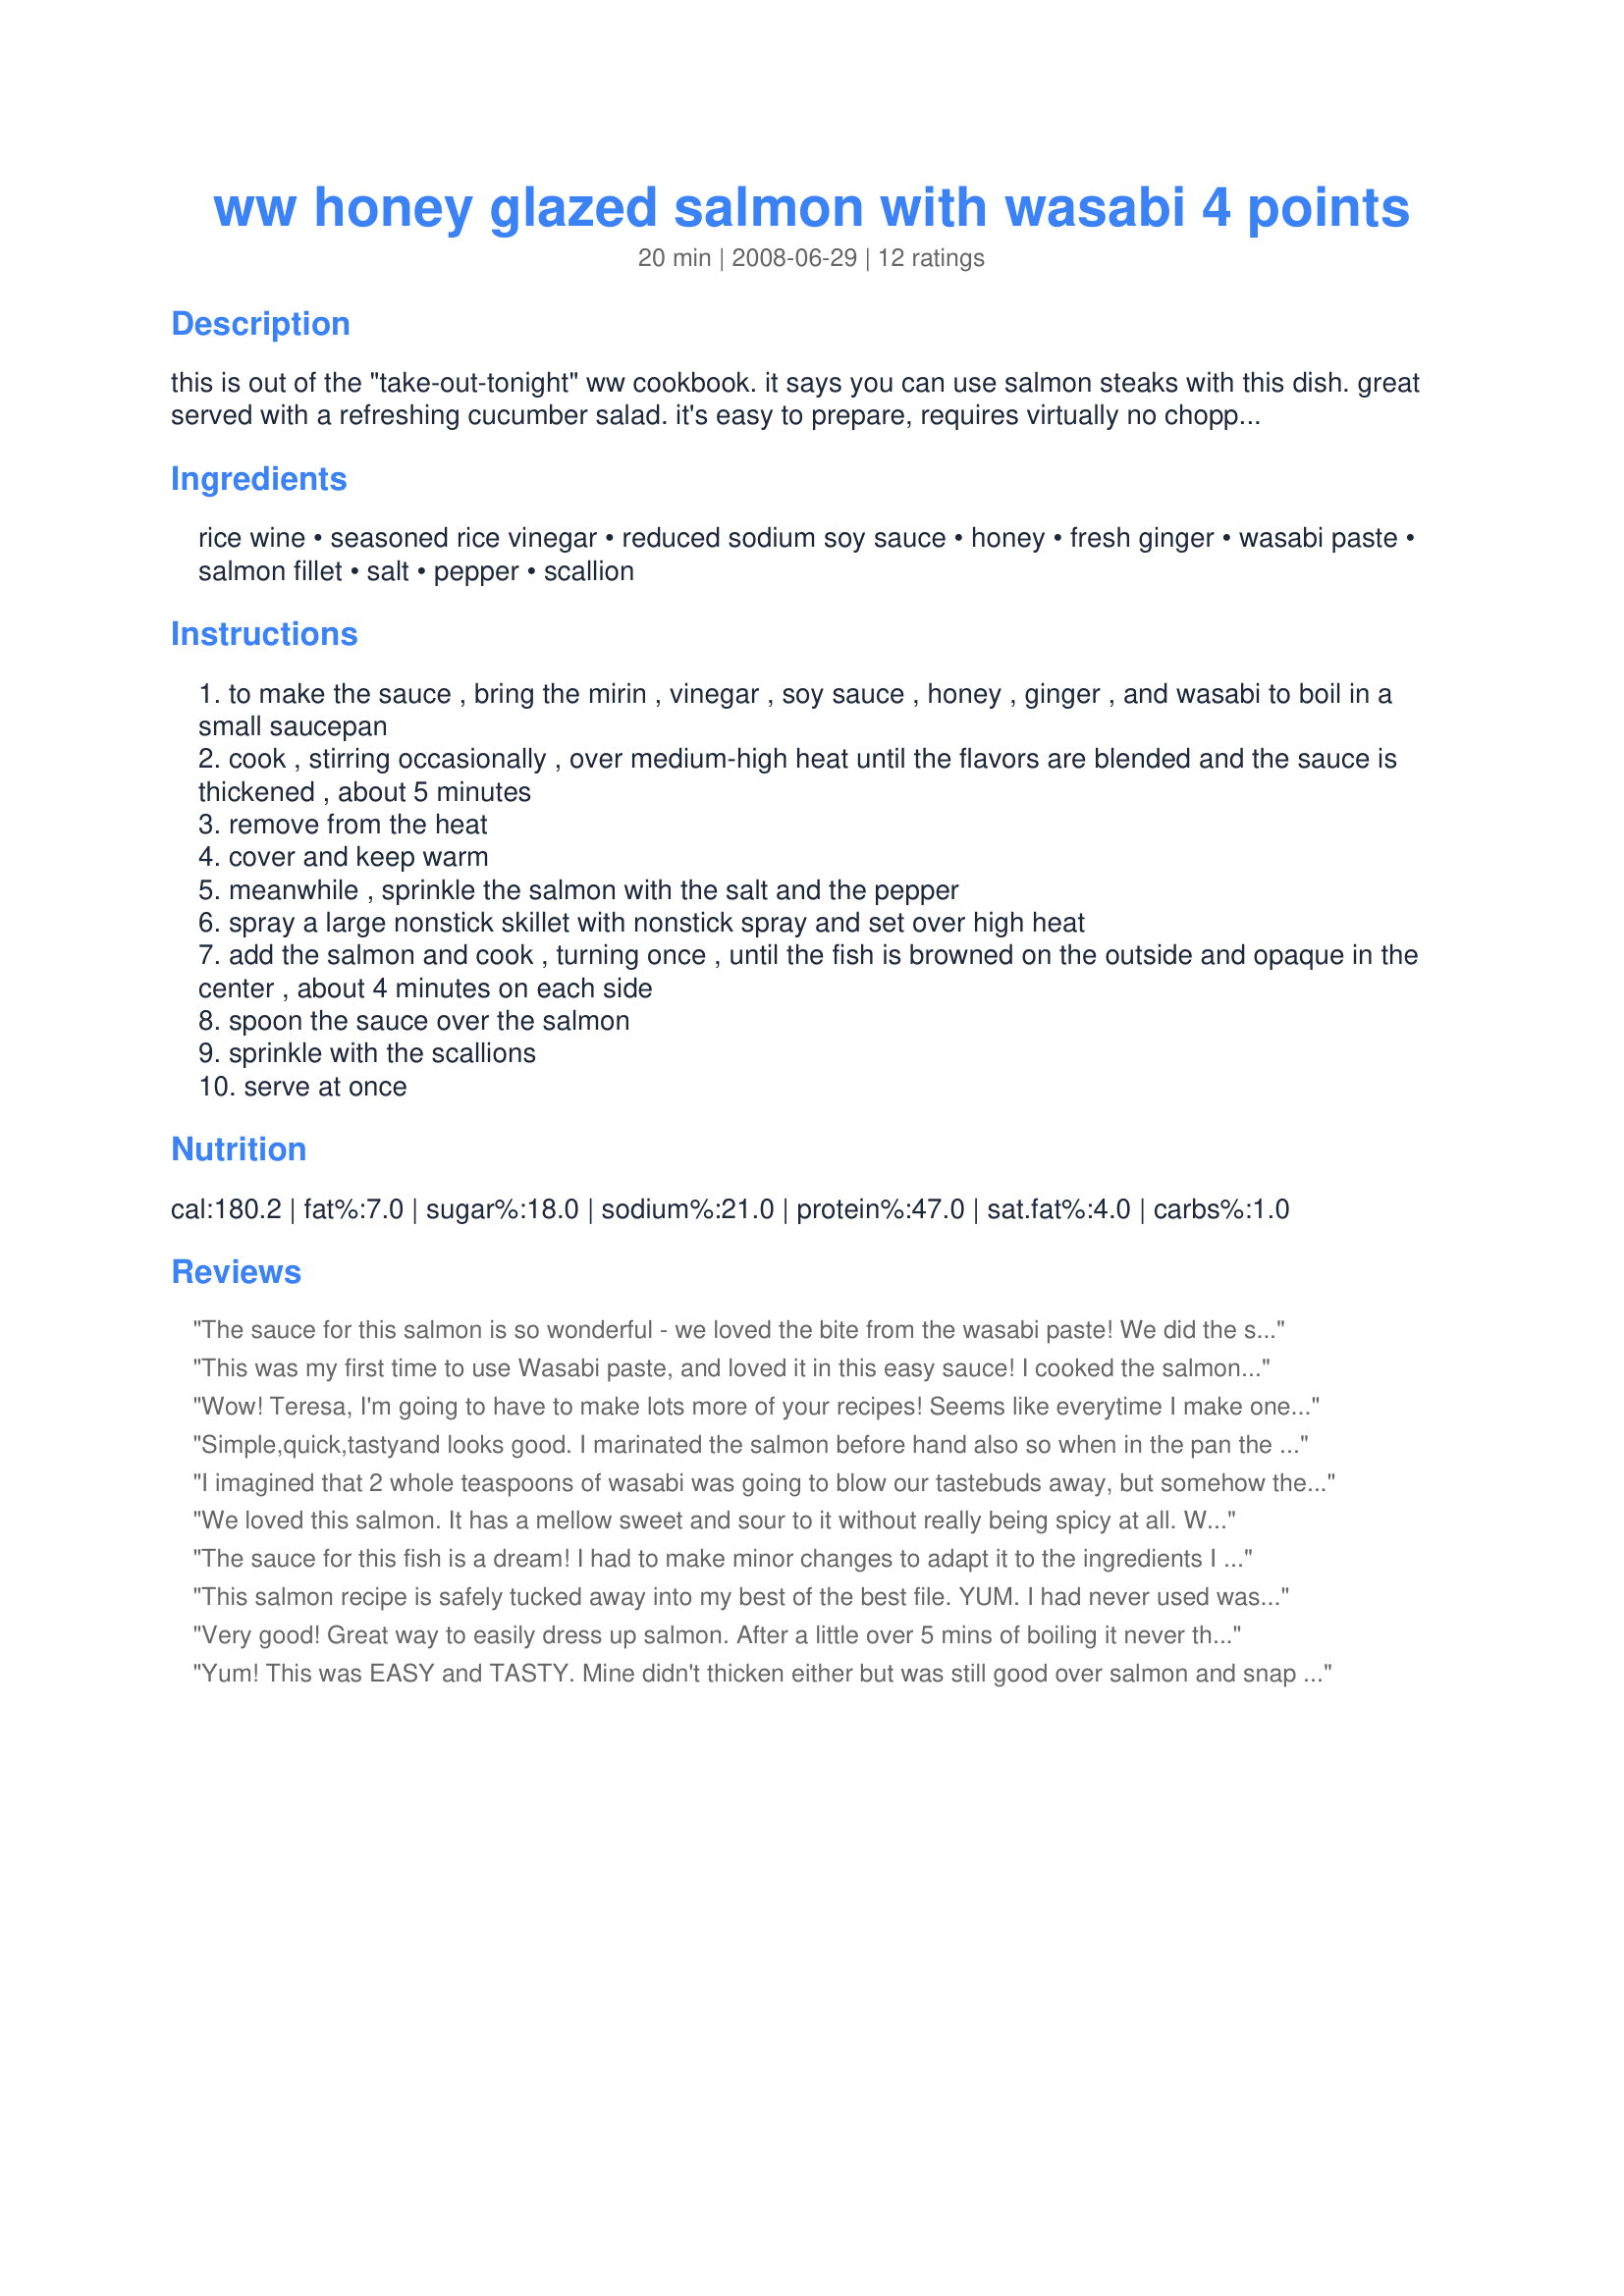
ww honey glazed salmon with wasabi 4 points
Preparation time: 20 minutes

this is out of the "take-out-tonight" ww cookbook. it says you can use salmon steaks with this dish. great served with a refreshing cucumber salad. it's easy to prepare, requires virtually no chopping and is ready in less than 20 minutes. zaar would not accept mirin (1st ingredient) so posted it in parentheses.

Ingredients:
rice wine, seasoned rice vinegar, reduced sodium soy sauce, honey, fresh ginger, wasabi paste, salmon fillet, salt, pepper, scallion

Steps:
to make the sauce , bring the mirin , vinegar , soy sauce , honey , ginger , and wasabi to boil in a small saucepan
cook , stirring occasionally , over medium-high heat until the flavors are blended and the sauce is thickened , about 5 minutes
remove from the heat
cover and keep warm
meanwhile , sprinkle the salmon with the salt and the pepper
spray a large nonstick skillet with nonstick spray and set over high heat
add the salmon and cook , turning once , until the fish is browned on the outside and opaque in the center , about 4 minutes on each side
spoon the sauce over the salmon
sprinkle with the scallions
serve at once

Reviews:
The sauce for this salmon is so wonderful - we loved the bite from the wasabi paste! We did the salmon on the grill cooked on cedar planks which gave the salmon a nice flavor. As another reviewer noted, the sauce doesn't thicken as the recipe suggests but it doesn't take away from the yummy taste.
This was my first time to use Wasabi paste, and loved it in this easy sauce! I cooked the salmon in a Pyrex dish in a 425F oven for 8 minutes, and the sauce thickened nicely in the saucepan, during that time ~ (I forgot to garnish!) ~ Tagged for Zaar Stars.
Wow! Teresa, I'm going to have to make lots more of your recipes! Seems like everytime I make one, DH just raves - way after dinner even. I made this excellent salmon exactly as directed and would not change a thing. My sauce did thicken, but I just let it simmer for several more minutes while I got the rest of dinner ready. Thanks for sharing this great recipe. Made for 123 Tag.
Simple,quick,tastyand looks good. I marinated the salmon before hand also so when in the pan the salmon caramelised creating a more appealing looking dish. Careful the sugars in the so dont burn tho!
I imagined that 2 whole teaspoons of wasabi was going to blow our tastebuds away, but somehow the mixture evened things out just enough and while yes it was cartainly rather picante it was within tolerance. Dh said that while this was very nice it somehow just won't make our top 10 of salmon recipes, and I'd have to agree. This is simply a case of too much Zaar competition and us getting spoilt in our tastes! YES I would have no problem to make this again, and I have no problem to give it a very nice 4 stars. Thanks !
We loved this salmon. It has a mellow sweet and sour to it without really being spicy at all. Which is fine by me as I am a spice wimp. There are only two of us. So, I only did two salmon steaks but I kept the sauce ingredients at the same amount which worked fine as we were serving it with rice the sucked up the tasty juices. My sauce thickened up no problem and without any extra cooking. My gas burners do run a bit hot though so maybe that problem some people are having is just that it needs a bit more heat to thicken in the time given. Made for 1,2,3 tag.
The sauce for this fish is a dream! I had to make minor changes to adapt it to the ingredients I had on hand, but the procedure and the main flavors were unchanged. The cooking method is perfect because in this way the fish stays moist! Thanks a lot for this great recipe!
This salmon recipe is safely tucked away into my best of the best file. YUM. I had never used wasabi paste before and thought it was wonderful. There was just the right amount of spice in the glaze. This easy recipe is a winner. Thank you!
Very good! Great way to easily dress up salmon. After a little over 5 mins of boiling it never thickened, but it still was tasty. The wasabi was a little strong when the sauce was just with the rice I served it with, but with the salmon it was fine. I might try marinating the fish in the sauce in the future.
Yum! This was EASY and TASTY. Mine didn't thicken either but was still good over salmon and snap peas. I don't think the wasabi was too strong. Made for 1-2-3 hit wonders.
This is a wonderful "new" way to cook salmon! So easy and very different than any other salmon recipe I have seen or tried. I followed Kertuffle-Upon-Wincle's suggestion to bake the salmon at 425 for 8 minutes and it was perfect. I didn't have any trouble with the sauce thickening even before I baked it. Will do this next time as well! Thanks for this great recipe!
Sensational sauce! I let it simmer till it was quite syrupy and then poured it over the pan-roasted salmon. I actually had all the ingredients on hand, so I made it exactly as written. Easy-peasy. Thanks Teresa!
